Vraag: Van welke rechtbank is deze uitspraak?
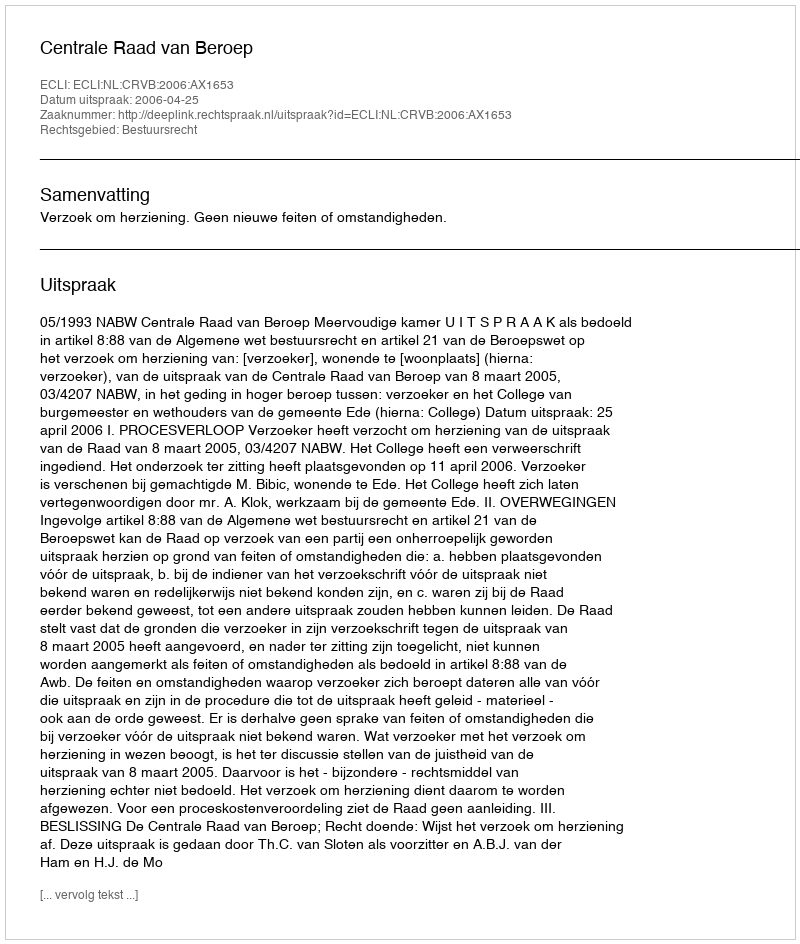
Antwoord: Centrale Raad van Beroep